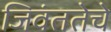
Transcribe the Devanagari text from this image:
जिवंततेचे